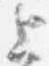
上